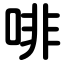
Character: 啡